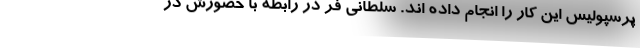
پرسپولیس این کار را انجام داده اند. سلطانی فر در رابطه با حضورش در